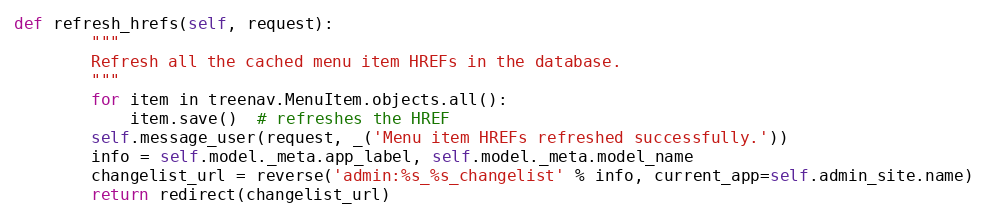
Language: Python
def refresh_hrefs(self, request):
        """
        Refresh all the cached menu item HREFs in the database.
        """
        for item in treenav.MenuItem.objects.all():
            item.save()  # refreshes the HREF
        self.message_user(request, _('Menu item HREFs refreshed successfully.'))
        info = self.model._meta.app_label, self.model._meta.model_name
        changelist_url = reverse('admin:%s_%s_changelist' % info, current_app=self.admin_site.name)
        return redirect(changelist_url)